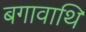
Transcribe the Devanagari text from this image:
बगावाथि